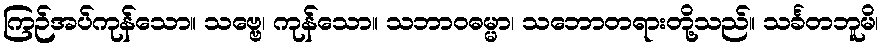
ကြဉ်အပ်ကုန်သော။ သဗ္ဗေ၊ ကုန်သော။ သဘာဝဓမ္မာ၊ သဘောတရားတို့သည်။ သင်္ခတဘူမိ၊